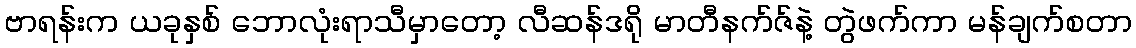
ဗာရန်းက ယခုနှစ် ဘောလုံးရာသီမှာတော့ လီဆန်ဒရို မာတီနက်ဇ်နဲ့ တွဲဖက်ကာ မန်ချက်စတာ